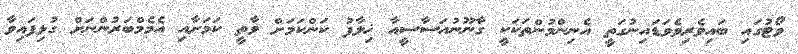
ވޯޓުގައި ބައިވެރިވެވަޑައިނުގަތީ އެނިންމުންތަކަކީ ގާނޫނުއަސާސީއާ ޚިލާފު ކަންކަމަށް ވާތީ ކަމަށާއި އެމެމްބަރުންނަށް ގުޅިފައިވާ